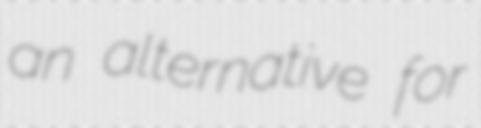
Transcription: an alternative for